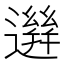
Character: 𨗙